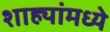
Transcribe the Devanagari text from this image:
शाह्यांमध्ये